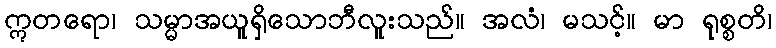
ဣတရော၊ သမ္မာအယူရှိသောဘီလူးသည်။ အလံ၊ မသင့်။ မာ ရုစ္စတိ၊